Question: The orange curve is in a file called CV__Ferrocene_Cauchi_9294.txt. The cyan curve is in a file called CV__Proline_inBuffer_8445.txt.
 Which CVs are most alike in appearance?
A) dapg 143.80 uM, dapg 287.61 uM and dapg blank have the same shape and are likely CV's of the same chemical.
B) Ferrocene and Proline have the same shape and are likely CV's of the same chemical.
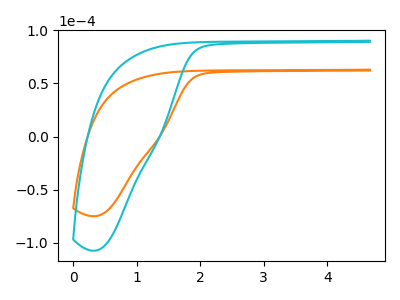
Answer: <think>The orange curve "Ferrocene" has no peaks. The cyan curve "Proline" has no peaks.
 Neither "Ferrocene" or "Proline" have any peaks.</think>
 <answer>B) "Ferrocene" and "Proline" have the same shape and are likely CV's of the same chemical.</answer>
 <eval>B</eval>